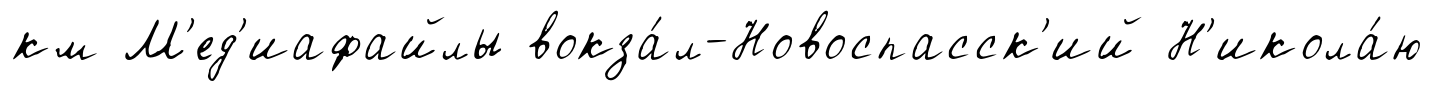
км М'ед'иафайлы вокза́л-Новоспасск'ий Н'икола́ю